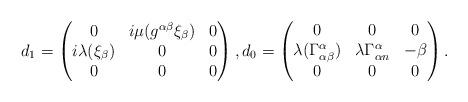
LaTeX: \begin{align*} d_1= \begin{pmatrix} 0 & i\mu(g^{\alpha\beta}\xi_\beta) & 0\\ i\lambda (\xi_\beta) & 0 & 0\\ 0 & 0 & 0 \end{pmatrix}, d_0= \begin{pmatrix} 0 & 0 & 0\\ \lambda (\Gamma^\alpha_{\alpha\beta}) & \lambda \Gamma^\alpha_{\alpha n} & -\beta\\ 0 & 0 & 0 \end{pmatrix}.\end{align*}